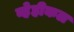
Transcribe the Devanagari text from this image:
व्हेहीकल